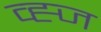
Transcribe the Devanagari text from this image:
व्ह्ज